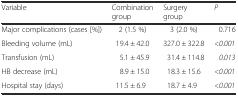
<table><thead><tr><td><b>Variable</b></td><td><b>Combination group</b></td><td><b>Surgery group</b></td><td><b><i>P</i></b></td></tr></thead><tbody><tr><td>Major complications (cases [%])</td><td>2 (1.5 %)</td><td>3 (2.0 %)</td><td>0.716</td></tr><tr><td>Bleeding volume (mL)</td><td>19.4 ± 42.0</td><td>327.0 ± 322.8</td><td><i>&lt;0.001</i></td></tr><tr><td>Transfusion (mL)</td><td>5.1 ± 45.9</td><td>31.4 ± 114.8</td><td><i>0.013</i></td></tr><tr><td>HB decrease (mL)</td><td>8.9 ± 15.0</td><td>18.3 ± 15.6</td><td><i>&lt;0.001</i></td></tr><tr><td>Hospital stay (days)</td><td>11.5 ± 6.9</td><td>18.7 ± 4.9</td><td><i>&lt;0.001</i></td></tr></tbody></table>